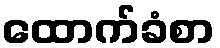
ထောက်ခံစာ